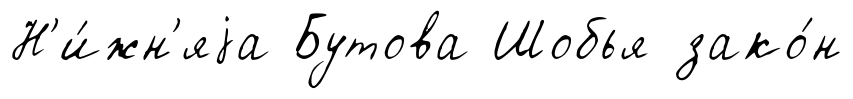
Н'и́жн'яjа Бутова Шобья зако́н